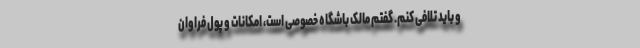
و باید تلافی کنم. گفتم مالک باشگاه خصوصی است، امکانات و پول فراوان